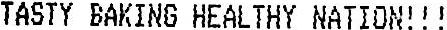
TASTY BAKING HEALTHY NATION!!!